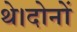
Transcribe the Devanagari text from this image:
थे।दोनों